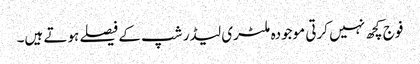
فوج کچھ نہیں کرتی موجودہ ملٹری لیڈر شپ کے فیصلے ہوتے ہیں۔